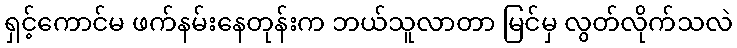
ရှင့်ကောင်မ ဖက်နမ်းနေတုန်းက ဘယ်သူလာတာ မြင်မှ လွတ်လိုက်သလဲ